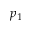
p _ { 1 }